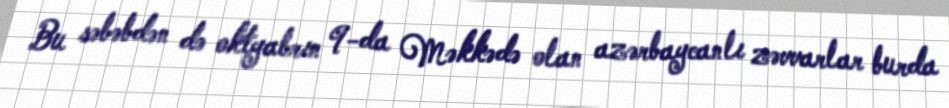
Bu səbəbdən də oktyabrın 9-da Məkkədə olan azərbaycanlı zəvvarlar burda